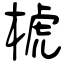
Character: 椃